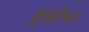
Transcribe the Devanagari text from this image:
हुझेस